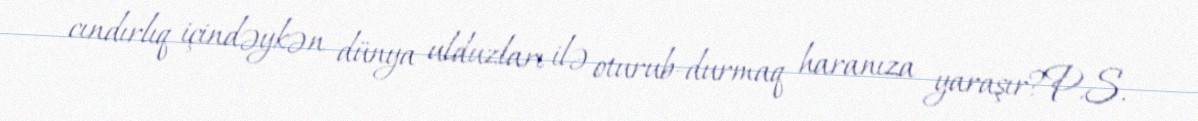
cındırlıq içindəykən dünya ulduzları ilə oturub-durmaq haranıza yaraşır?P.S.